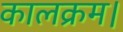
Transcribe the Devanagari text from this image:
कालक्रम।